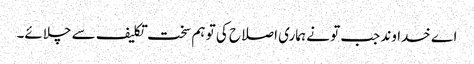
اے خدا وند جب تو نے ہماری اصلاح کی تو ہم سخت تکلیف سے چلائے۔